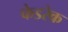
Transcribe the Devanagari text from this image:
फेडरेक